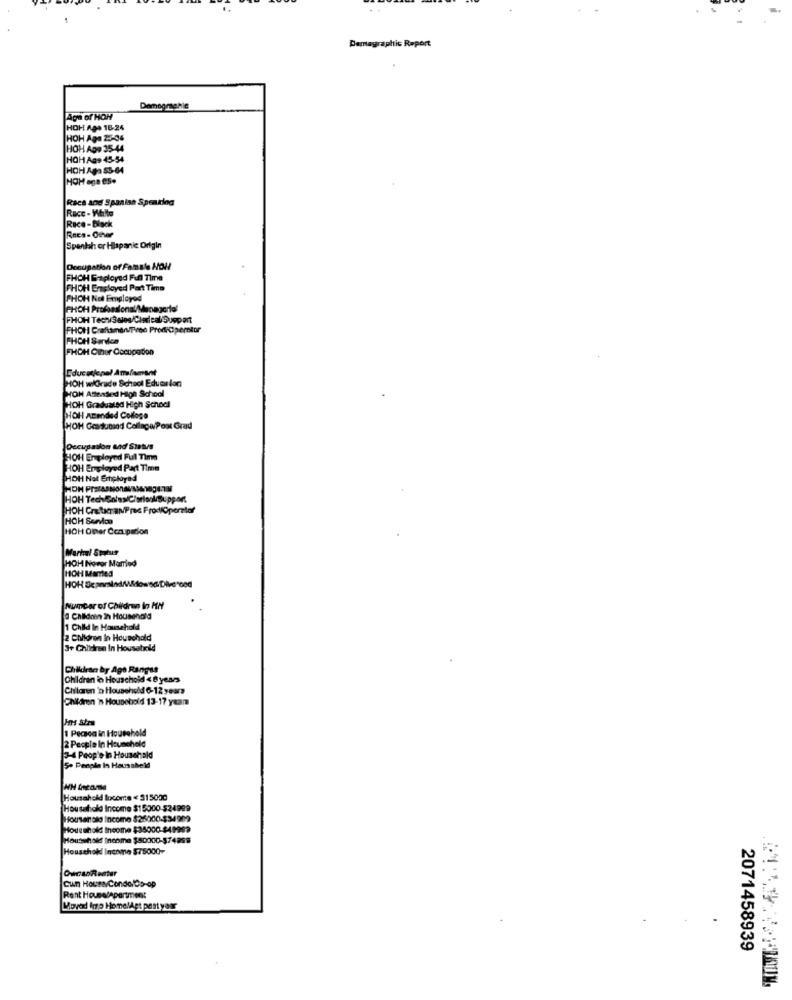
Demagraphic Report
Demograghle
Aga of HON
HOH Aga 16-24
HOH Aga 25-36
HOH ADD 35-44
HOH Ags 45-54
HOH Aga 85-64
HOH aga es.
Race and Spanian Speaking
Racc - White
Race-Black
Rncs- Other
Spanish or Hispanic Origin
Occupation of Famale Holl
FHOH Eraployed Full Time
FHOH Employed Part Time
FHOH Not Employed
FHOH Profesional/Managertel
FHOH TechSales/Cledeal Support
FHCH CraftsmanTwee ProdiChemotor
FHCH Sardca
FHOH Other Cocopadon
Educationel Analement
HOH wlGrade School Educslon
HOH Attended High School
HOH Graduated High School
HOH Atended Collogo
HOH Gossuoind CollagePost Grad
Occupation and Status
HOH Employed Ful Time
HOH Employed Part Time
HOH Not Employed
HOH CnaturalPrec FrodiOporator
HOH Sendoo
HOH Other Comupation
Markel Statut
HOH Novor Mamed
HOH Martes
Number of Children In MM
@ Children in Housenold
1 Child In Household
2 Children In Household
3+ Children In Household
Chikran by Agt Rangss
Children in Houschold <8 years
Children 'n Household 6-12 years
Children 'n Household 13-17 years
1 Pecaca in Household
2 People In Hauncheld
3-4 Peop'e in Household
So People In Hausaheld
Household locome < 315000
Household Income $15000-524999
Housenalo Income $25000-$34909
Household Income $35000-$49999
Household Income $50000-574298
Household Income $75000-
Cun HouseCondolCo-op
Rent Housedepartment
Moved Imp HemelApt past year
2071458939